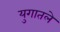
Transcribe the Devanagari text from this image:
युगातले